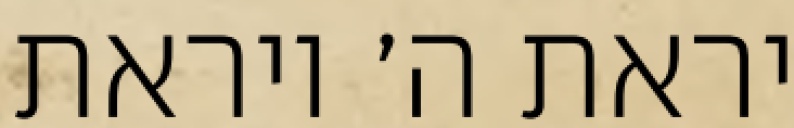
יראת ה׳ ויראת